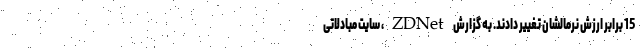
15 برابر ارزش نرمالشان تغییر دادند. به گزارش ZDNet، سایت مبادلاتی